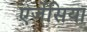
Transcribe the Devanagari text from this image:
एजेंसिया